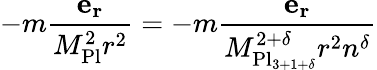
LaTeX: -m{\frac{\mathbf{e_{r}}}{M_{\mathrm{Pl}}^{2}r^{2}}}=-m{\frac{\mathbf{e_{r}}}{M_{\mathrm{Pl}_{3+1+\delta}}^{2+\delta}r^{2}n^{\delta}}}